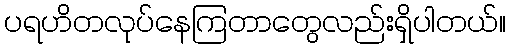
ပရဟိတလုပ်နေကြတာတွေလည်းရှိပါတယ်။